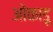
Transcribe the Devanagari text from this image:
ओकाडू